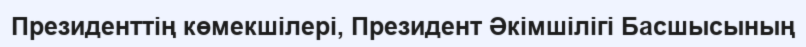
Президенттің көмекшілері, Президент Әкімшілігі Басшысының